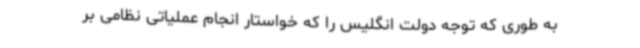
به‌ طوری‌ که توجه دولت انگلیس را که خواستار انجام عملیاتی نظامی بر